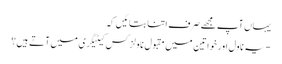
یہاں آپ مجھے صرف اتنا بتائیں کہ
-یہ ناول اور خواتین میں مقبول ناولز کس کیٹیگری میں آتے ہیں؟